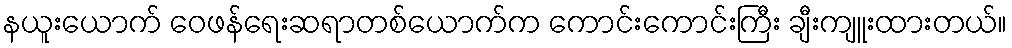
နယူးယောက် ဝေဖန်ရေးဆရာတစ်ယောက်က ကောင်းကောင်းကြီး ချီးကျူးထားတယ်။